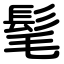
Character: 髦